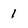
Character: 1